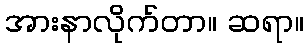
အားနာလိုက်တာ။ ဆရာ။